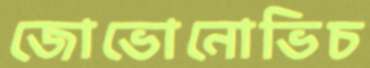
জোভোনোভিচ